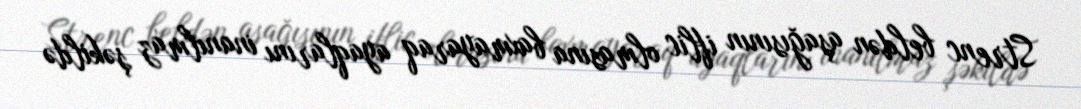
Strenc beldən aşağısının iflic olmasına baxmayaraq ayaqlarını inanılmaz şəkildə